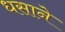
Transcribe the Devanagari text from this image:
धसाने